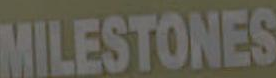
MILESTONES